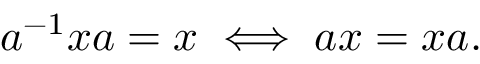
a ^ { - 1 } x a = x \iff a x = x a .